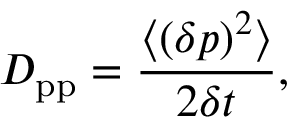
D _ { \mathrm { { p p } } } = \frac { \langle ( \delta p ) ^ { 2 } \rangle } { 2 \delta t } ,